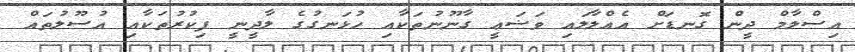
އިސްލާމް ދީން ގޮނޑަށް އެއްލާލައި ވަޟަޢީ ގާނޫނުތަކާއި ހުޅަނގުގެ ލާދީނީ ފިކުރުތަކާއި އުސޫލުތައް